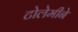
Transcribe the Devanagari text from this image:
टोलेमीने